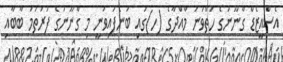
އެސްއީޒެޑް ގާނޫނުގެ ހަތްވަނަ މާއްދާގެ (ހ)ގައި ބުނެފައިވަނީ މި ގާނޫނުގެ ފުރަތަމަ ބާބާއި